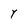
Character: Y